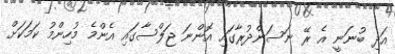
އަދި ބުނަނީ އެ ރޭ ނަސަންދުރާގައި އޮންނަ ޖަލްސާގައި އެންމެ މުހިންމު ކަމަކަށް